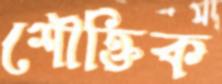
শৌক্তিক